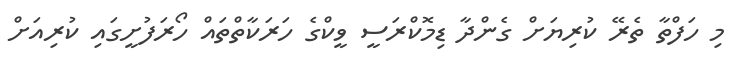
މި ހަފްތާ ތެރޭ ކުރިޔަށް ގެންދާ ޑިމޮކްރަސީ ވީކްގެ ހަރަކާތްތައް ހޯރަފުށީގައި ކުރިއަށް